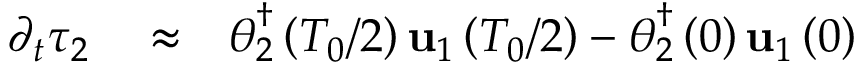
\begin{array} { r l r } { \partial _ { t } \tau _ { 2 } } & { { } \approx } & { \boldsymbol { \theta } _ { 2 } ^ { \dagger } \left( T _ { 0 } / 2 \right) \mathbf { u } _ { 1 } \left( T _ { 0 } / 2 \right) - \boldsymbol { \theta } _ { 2 } ^ { \dagger } \left( 0 \right) \mathbf { u } _ { 1 } \left( 0 \right) } \end{array}